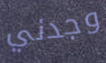
وجدني